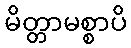
မိတ္တာမစ္စာပိ